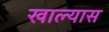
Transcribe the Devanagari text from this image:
खाल्यास